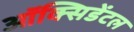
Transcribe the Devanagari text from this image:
ऑक्‍सिडेंटल